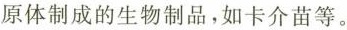
原体制成的生物制品，如卡介苗等。